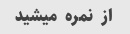
از  نمره  میشید